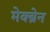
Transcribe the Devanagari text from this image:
मेक्ब्रेन